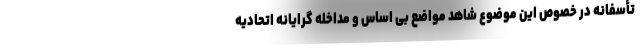
تأسفانه در خصوص این موضوع شاهد مواضع بی اساس و مداخله گرایانه اتحادیه